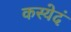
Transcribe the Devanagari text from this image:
कस्येदं